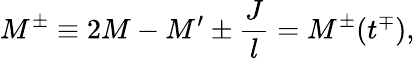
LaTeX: M^{\pm}\equiv 2M-M^{\prime}\pm\frac{J}{l}=M^{\pm}(t^{\mp}),